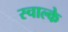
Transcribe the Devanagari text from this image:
स्चाल्के